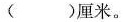
()厘米。